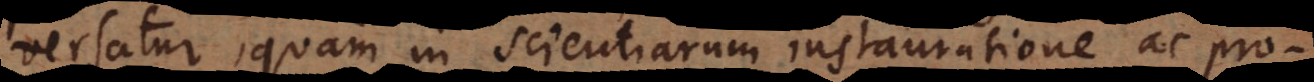
versatur, quam in scientiarum instauratione ac pro